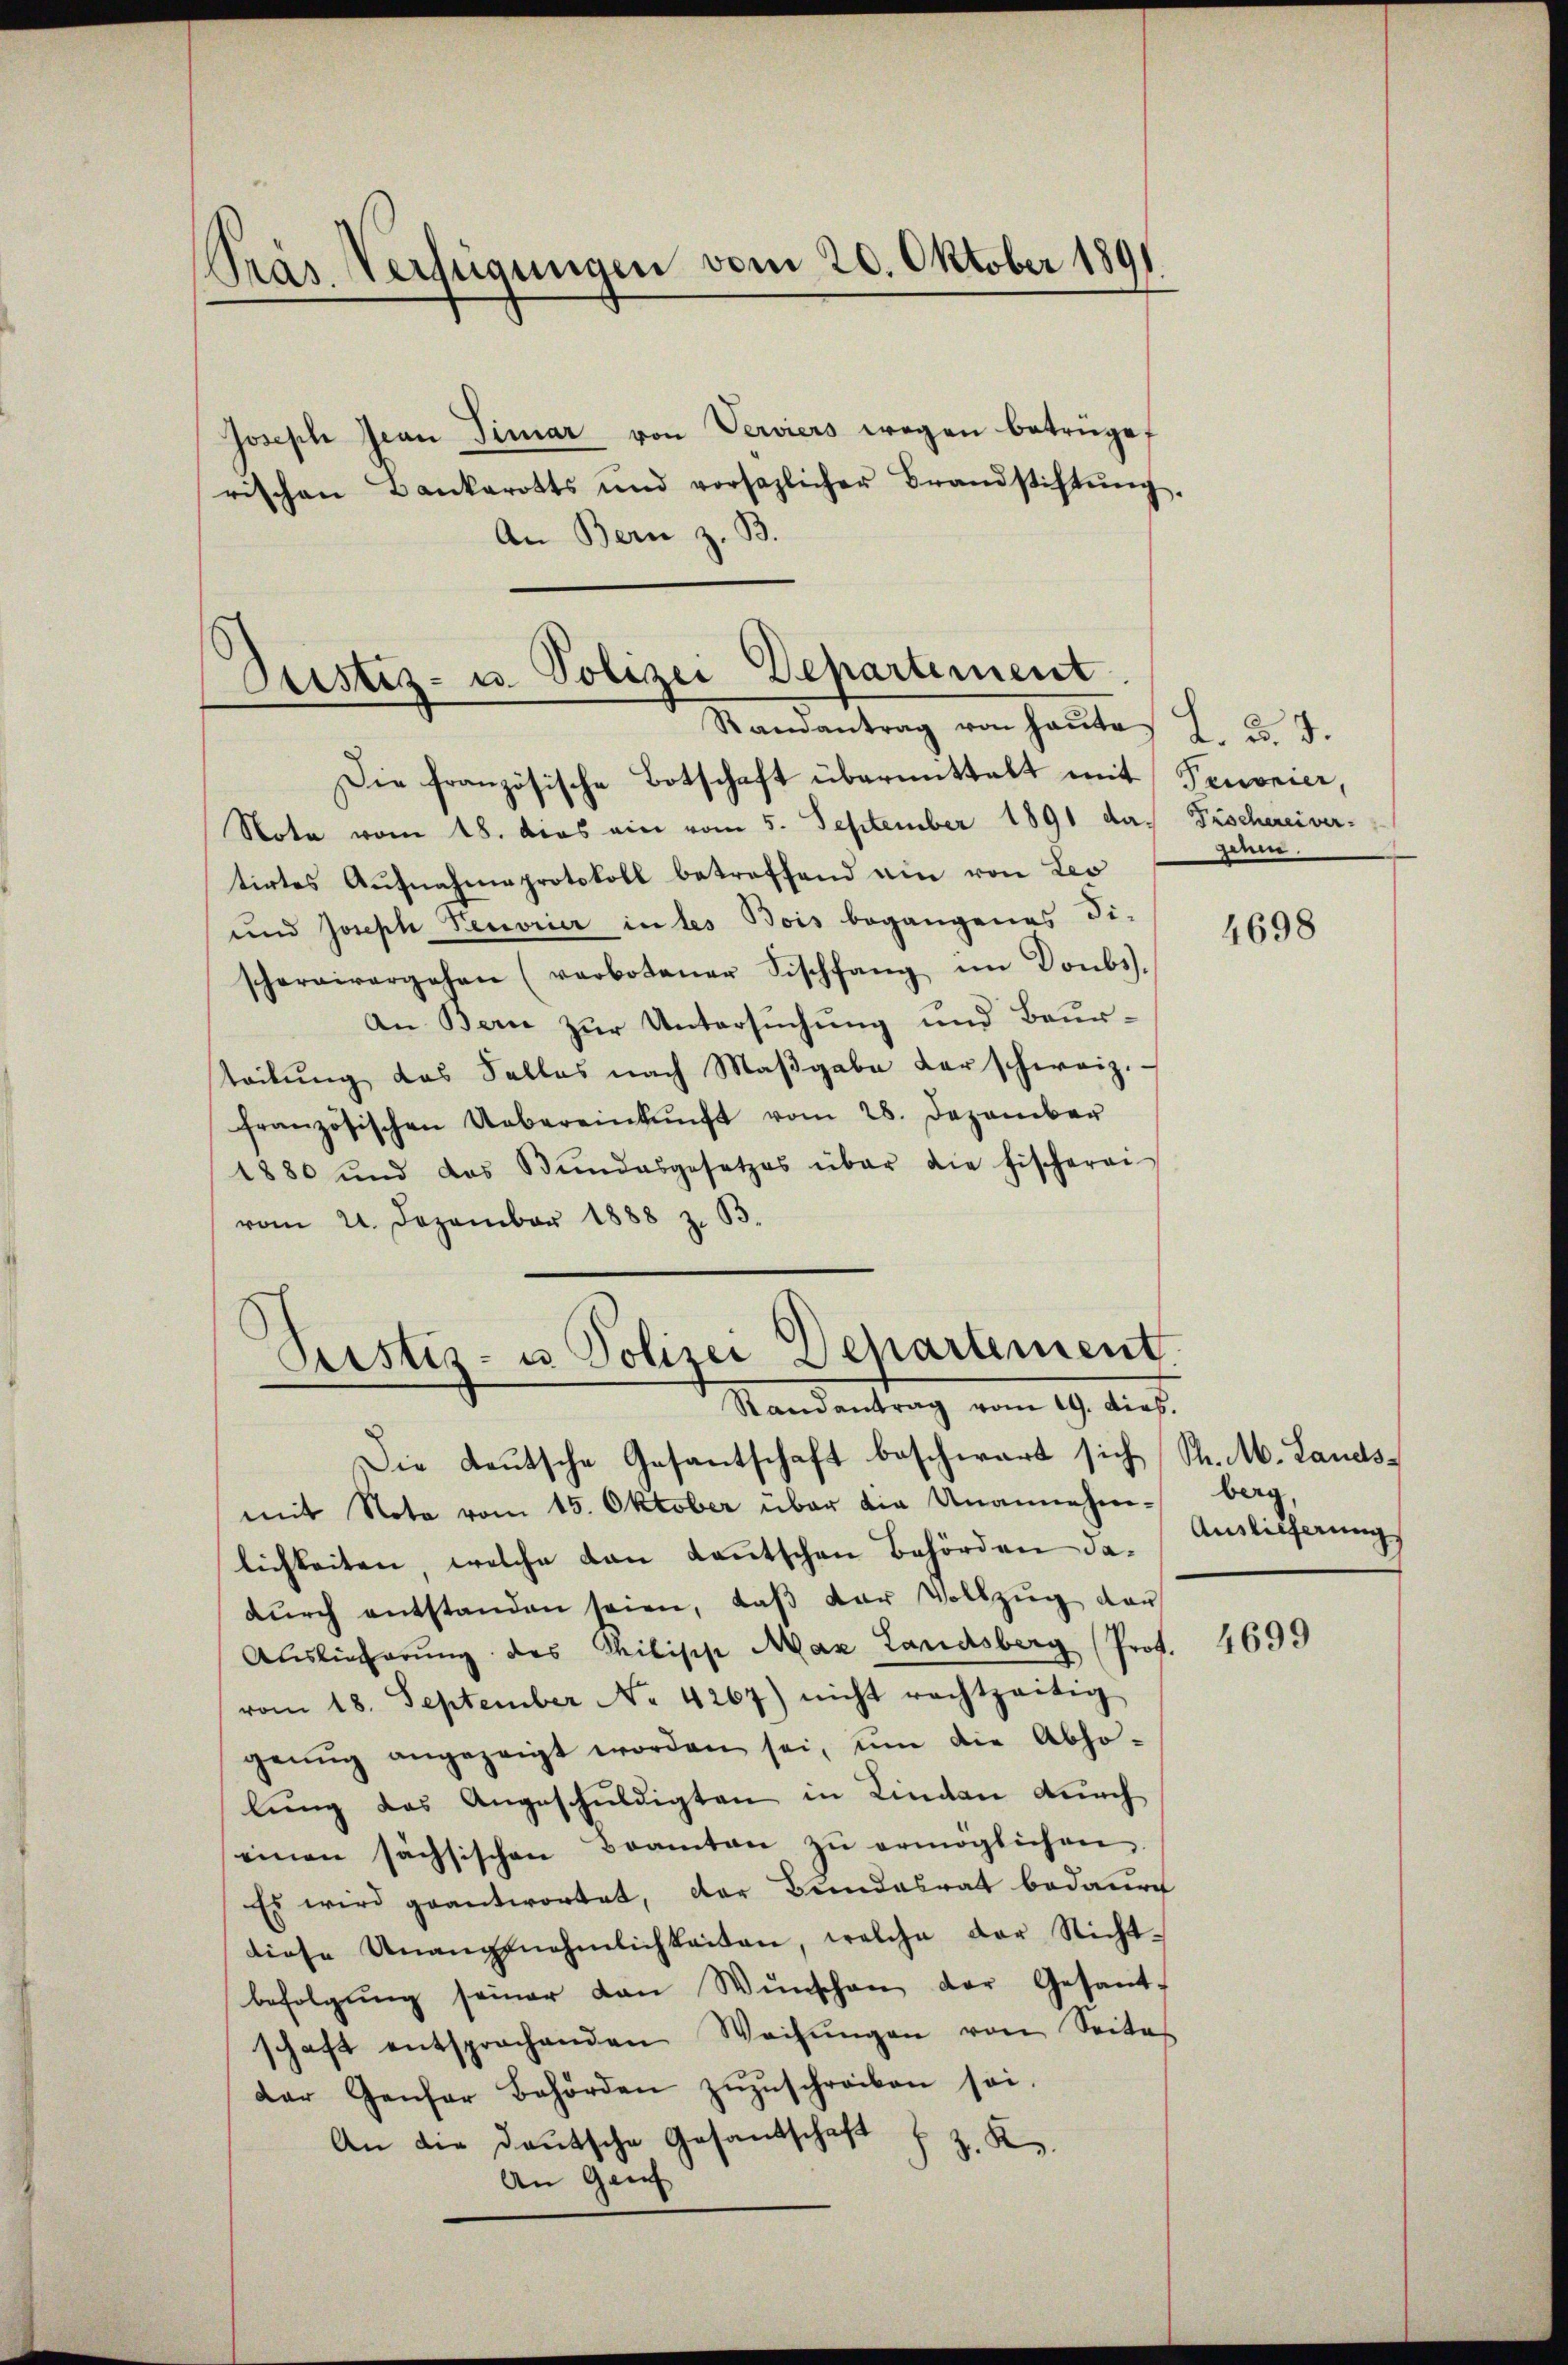
Pras Verfügungen vom 20. Oktober 1891

Hosische Jean Timar von Verviers wegen betrüge
rischen Bankarotts und vorsezlicher Brandstiftŭng.
An Bern z. B.

Justiz- u. Polizei Departement
Ramantrag von Haŭtes L. d. 7.

Die französische Botschaft übermittelt mit Tenorier,
Note vom 18. dies ein vom 5. September 1891 das Fischereiver-
tirtes Aŭfnahmeprotokoll betreffend ein von Leo
und Joseph Peorier in les Bois begangenes Fi-
schargivergehen (verbotener Fischfang im Donbs.
An Bern zur Untersuchung und Beurteckung das Falles nach Maβgabe der schweiz.
französischen Uebereinkunft vom 28. Dezember
1880 und das Bŭndesgesetzes über die Fischerei
vom 21. Dezember 1888 z. B.
Peistiz- u Polizei Separtement

Randantrag vom 19. Dieb.

Die Leŭtsche Gesantschaft beschwart sich Sr. M. Lands-
mit Note vom 15. Oktober über die Unannehm-
lichkeiten, welche von Kautschen Behörden dadŭrch entstanden seien, daβ der Vollzŭg dar
Auslieferung des Philische Max Landsberg (Prof.
vom 18. September No. 4267) nicht rechtzeitig
genŭg angezeigt worden sei, um die Abho-
lung des Angeschuldigten in Linden durch
einen sächsischen Beamten zŭ ermöglichen,
Es wird geantwortet, der Bundesrat bedaure
diese Unangenehmlichkeiten, welche der Nicht-
befolgung seiner von Wünschen der Gesandschaft entsprochenden Weisŭngen von Seites
Der Genfer Behörden zŭzŭschreiben sei.
An die deutsche Gesandschaft f. z. K.
An Genf

zehen.

4698

berg,
Auslieferung

4699